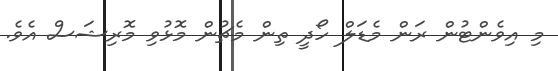
މި އިވެންޓުން ރަން މެޑަލް ހޯދީ ތިން މެޗުން މޮޅުވި މޮރިޝަސް އެވެ.